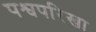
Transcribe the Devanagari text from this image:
पश्वपरिखा